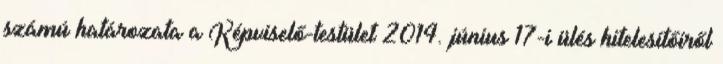
számú határozata a Képviselő-testület 2014. június 17-i ülés hitelesítőiről